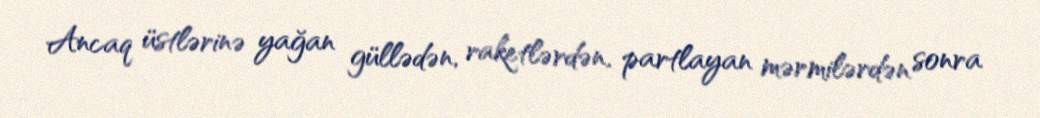
Ancaq üstlərinə yağan güllədən, raketlərdən, partlayan mərmilərdən sonra